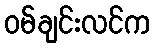
ဝမ်ချင်းလင်က